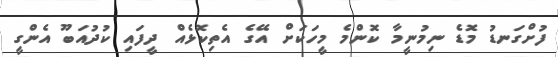
ފުށްގަނޑު މޮޑެ ނިމުނީމާ ކޮންމެ މީހަކަށް އޭގެ އެތިކޮޅެއް ދީފައި ކުދުއަބޫ އެންގީ